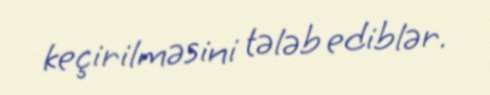
keçirilməsini tələb ediblər.